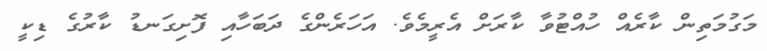
މަގުމަތިން ކާރެއް ހުއްޓުވާ ކާރަށް އެރީމެވެ. އަހަރެންގެ ދަބަހާއި ފޮށިގަނޑު ކާރުގެ ޑިކީ